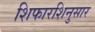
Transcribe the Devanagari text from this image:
शिफारशिनुसार